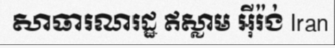
សាធារណរដ្ឋ ឥស្លាម អ៊ីរ៉ង់ Iran